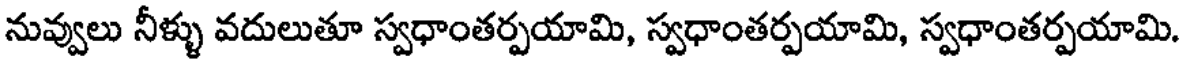
నువ్వులు నీళ్ళు వదులుతూ స్వధాంతర్పయామి, స్వధాంతర్పయామి, స్వధాంతర్పయామి.